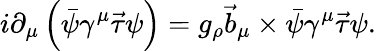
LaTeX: i\partial_{\mu}\left(\bar{\psi}\gamma^{\mu}{\vec{\tau}}\psi\right)=g_{\rho}{\vec{b}}_{\mu}\times\bar{\psi}\gamma^{\mu}{\vec{\tau}}\psi.